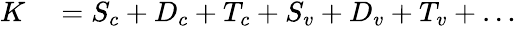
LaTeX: \begin{array}{rl}{K}&{{}=S_{c}+D_{c}+T_{c}+S_{v}+D_{v}+T_{v}+\ldots}\end{array}